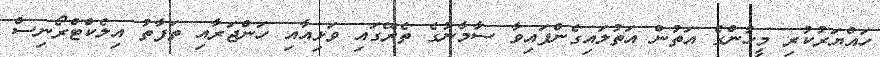
ހައްޔަރުކުރި މީހުންގެ އަތުން އަތުލައިގެންފައިވާ ސާމާނުގެ ތެރޭގައި ވަޅިއާއި ހަންޖަރާއި ތަފާތު އިލެކްޓްރޯނިސް